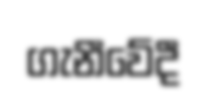
ගැනීවේදී